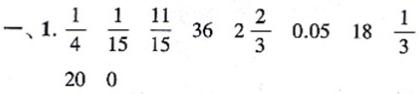
一、$1.\ \frac{1}{4}\ \frac{1}{15}\ \frac{11}{15}\ 36\ 2\frac{2}{3}\ 0.05\ 18\ \frac{1}{3}\ 20\ 0$